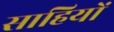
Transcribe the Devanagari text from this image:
साहियों